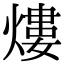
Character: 熡